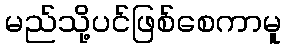
မည်သို့ပင်ဖြစ်စေကာမူ